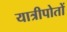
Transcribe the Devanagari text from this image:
यात्रीपोतों